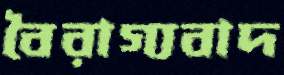
বৈরাগ্যবাদ